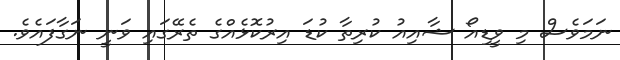
ނަމަވެސް މި ވީޑިއޯ ޝާއިއު ކުރިތާ ކުޑަ އިރުކޮޅެއްގެ ތެރޭގައި ވަނީ ނަގާފައެވެ.